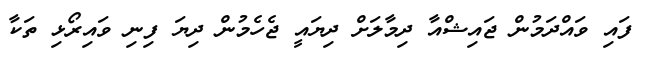
ފައި ވައްދަމުން ޖައިޝްއާ ދިމާލަށް ދިޔައީ ޖެހެމުން ދިޔަ ފިނި ވައިރޯޅި ތަކާ